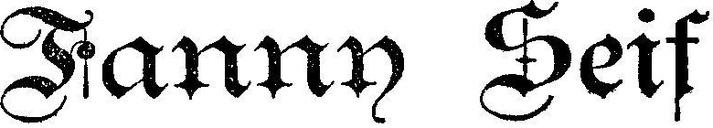
Fanny Seif